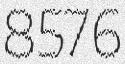
8576